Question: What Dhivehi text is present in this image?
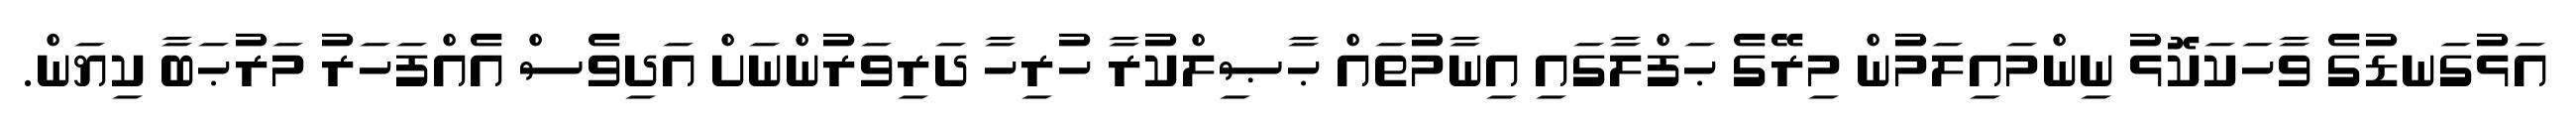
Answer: އަޅުގަނޑުގެ ވާހަކަކޮޅު ނިންމައިލަމުން މިރޭގެ ޙަފްލާގައި އިނާމުތައް ޙާޞިލްކުރާ ހުރިހާ ދަރިވަރުންނަށް އަދިވެސް އެއްފަހަރު މަރުޙަބާ ކިޔަން.